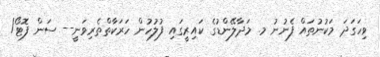
ވިހަގަދަ މަކުނުތައް ފެނުނު މ. މަދާލޭންޑުގެ ކައިރީގައި ފުލުހުން ހަރަކާތްތެރިވަނީ-- ސަން ފޮޓޯ/